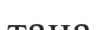
тана